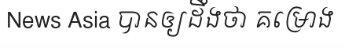
News Asia បានឲ្យដឹងថា គម្រោង